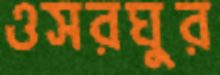
ওসরঘুর